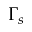
\Gamma _ { s }